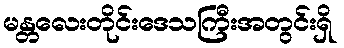
မန္တလေးတိုင်းဒေသကြီးအတွင်းရှိ